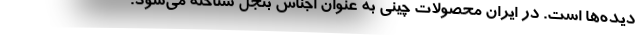
دیده‌ها است. در ایران محصولات چینی به عنوان اجناس بنجل شناخته می‌شود.